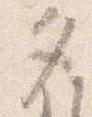
タ